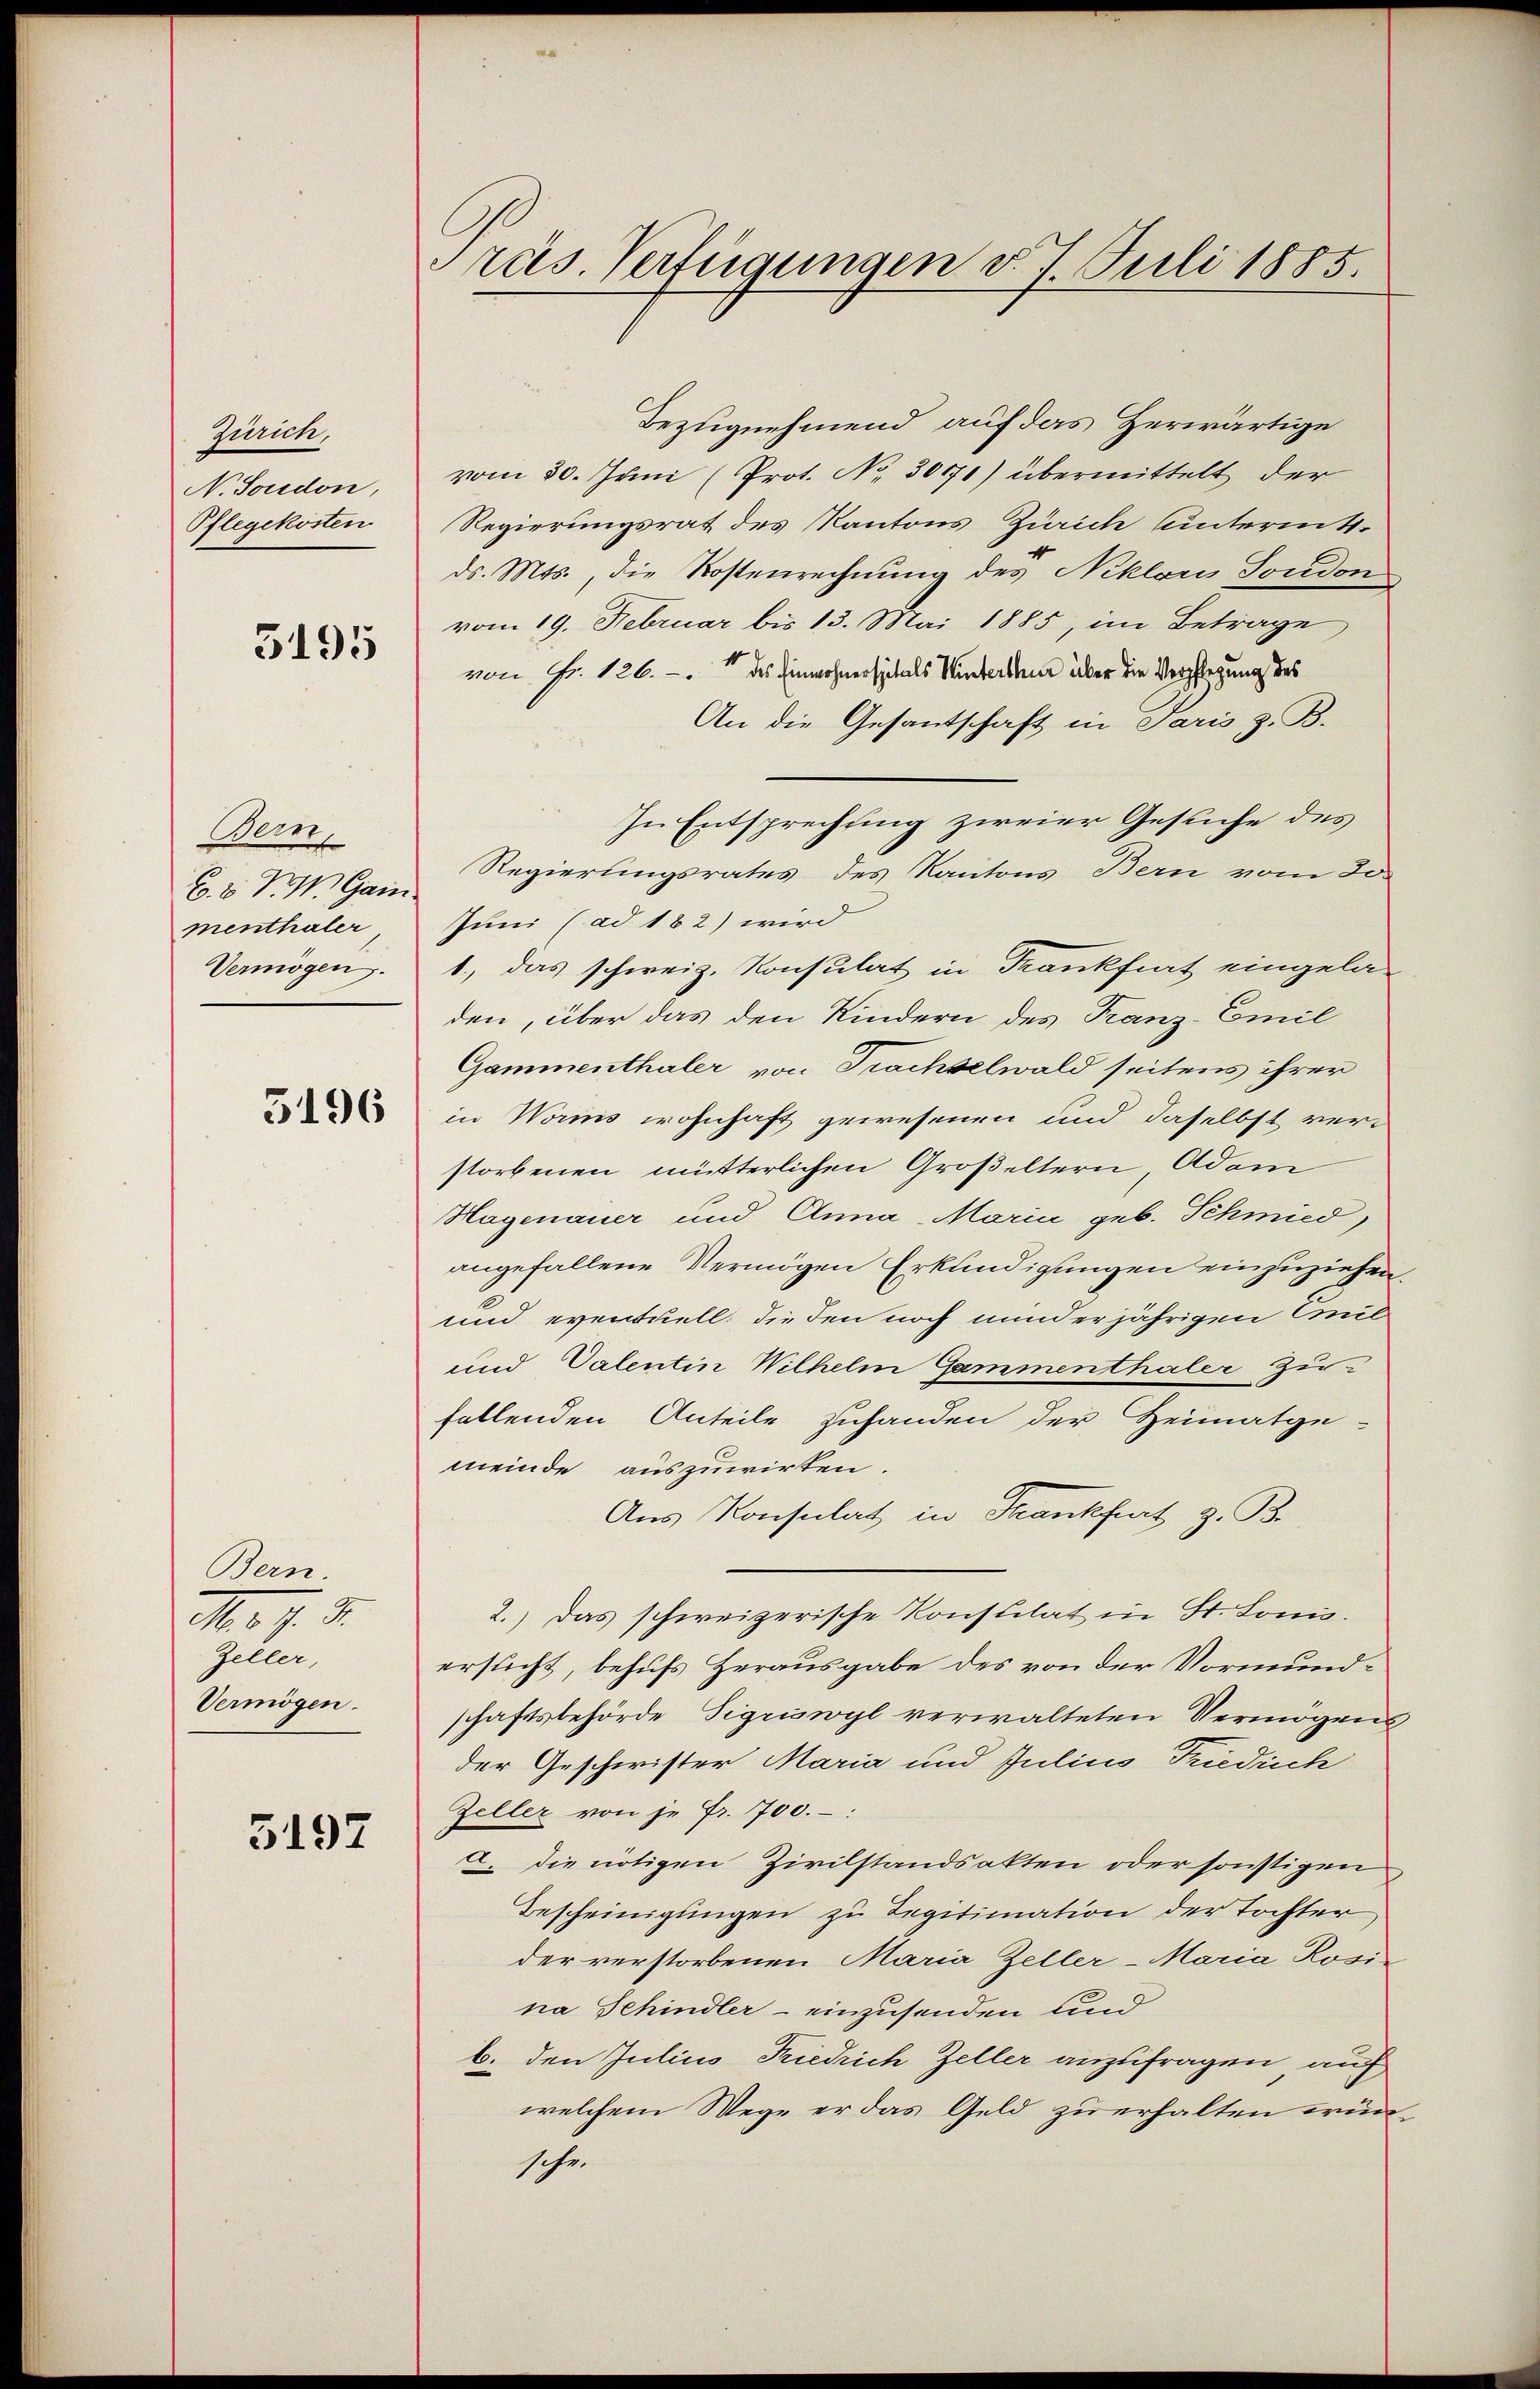
Zürich,
N. Soudon,
Pflegekosten

5195

Demn
f
B. V. P. M. Gan
menthaler
Vermögen.

3196

Bern.
M. J. J.
Zeller,
Vermögen.

5197

Präs. Verfügungen d. 1 Juli 1885.

Bezugnehmend auf das Herwärtige
vom 30. Juni (Prot. No 30771) übermittelt der
Regierungsrat des Kantons Zürich untermit
ds. Mts., die Kostenrechnung des Niklaris Sondon
vom 19. Februar bis 13. Mai 1885, im Betrage
von Fr. 126. des Einwohnerspitals Winterthur über die Verpflegung des
An die Gesantschaft in Paris z. B.
In Entsprechung zweier Gesuche des
Regierungsrates des Kantons Bern vom Jo
Juni (ad 182) wird
1., das schweiz. Konsulat in Frankfurt eingela-
den, über das den Kindern des Franz-Emil
Gammenthaler von Trachselwald seitens ihrer
in Worms wohnhaft gewesenen und daselbst verstorbenen mütterlichen Großeltern, Adam
Hagenauer und Anna Maria geb. Schmied
angefallene Vermögen Erkundigungen einzuziehen.
und eventuell: die den noch minderjährigen Cil
und Valentin Wilhelm Gammenthaler Zufallenden Anteile zuhanden der Heimatge-
meinde auszuwirken.
Aus Konsulat in Frankfurt z. B.
2.) Das schweizerische Konstilat in St. Lonis.
ersucht, behufs Herausgabe des von der Vormundschaftsbehörde Sigriswyl verwalteten Vermögens
der Geschwister Maria und Julius Friedrich
Zeller von je Fr. 700.
a. die nötigen Zivilstandsakten oder sonstigen
Bescheinigungen zu Legitimation der Tochter
der verstorbenen Maria Zeller-Maria Rosi-
na Schindler - einzusenden und
b. den Julius Friedrich Zeller anzufragen, auf
welchem Wege er das Geld zu erhalten würschr.